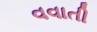
વવાતી